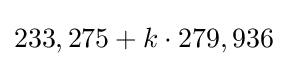
233,275+k\cdot 279,936